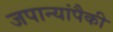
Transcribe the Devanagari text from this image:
जपान्यांपैकी